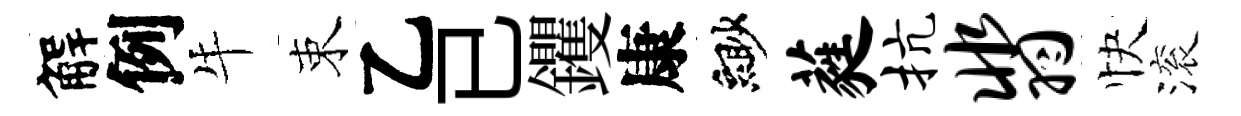
解例牛束乙已钁康緲蕤抗翡快滚